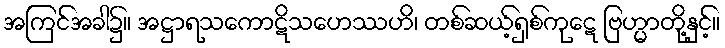
အကြင်အခါ၌။ အဋ္ဌာရသကောဋိသဟေဿဟိ၊ တစ်ဆယ့်ရှစ်ကုဋေ ဗြဟ္မာတို့နှင့်။